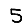
Digit: 5